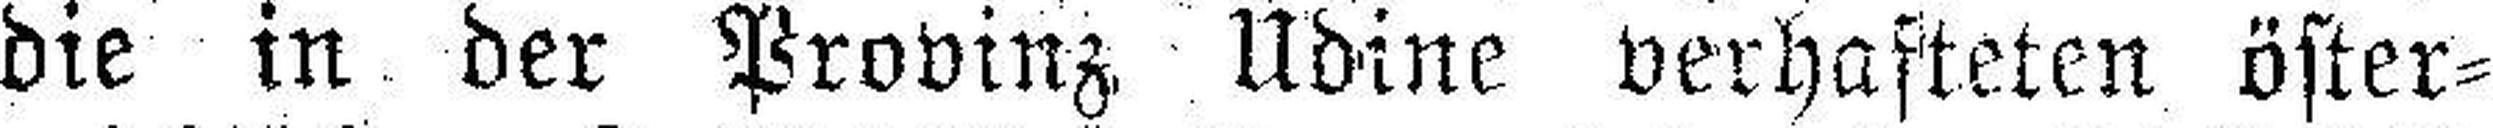
die in der Provinz Udine verhafteten öster¬